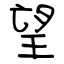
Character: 望